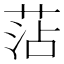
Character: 𮏝